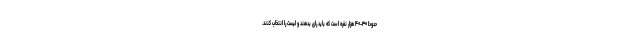
حدودا ۳۰-۴۰ هزار نفره است که باید رای بدهند و لیست را انتخاب کنند.